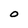
Character: O